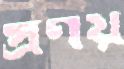
প্রণয়